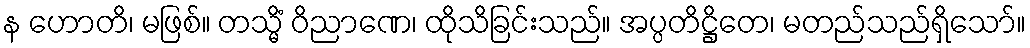
န ဟောတိ၊ မဖြစ်။ တသ္မိံ ဝိညာဏေ၊ ထိုသိခြင်းသည်။ အပ္ပတိဋ္ဌိတေ၊ မတည်သည်ရှိသော်။